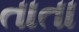
તાતા